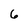
Character: 6